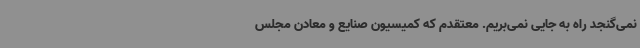
نمی‌گنجد راه به جایی نمی‌بریم. معتقدم که کمیسیون صنایع و معادن مجلس